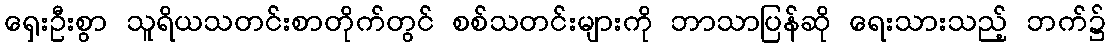
ရှေးဦးစွာ သူရိယသတင်းစာတိုက်တွင် စစ်သတင်းများကို ဘာသာပြန်ဆို ရေးသားသည့် ဘက်၌